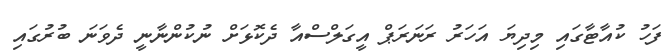
ފަހު ކުއާޓާގައި މިދިޔަ އަހަރު ރަނަރަޕް އީގަލްސްއާ ދެކޮޅަށް ނުކުންނާނީ ދެވަނަ ބުރުގައި